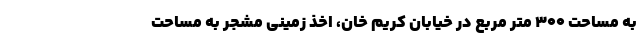
به مساحت ۳۰۰ متر مربع در خیابان کریم خان، اخذ زمینی مشجر به مساحت